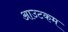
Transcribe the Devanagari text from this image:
आउटकम